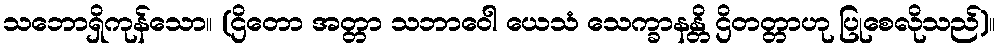
သဘောရှိကုန်သော။ (ဌိတော အတ္တာ သဘာဝေါ ယေသံ သေက္ခာနန္တိ ဌိတတ္တာဟု ပြုစေလိုသည်)။